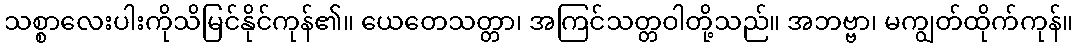
သစ္စာလေးပါးကိုသိမြင်နိုင်ကုန်၏။ ယေတေသတ္တာ၊ အကြင်သတ္တဝါတို့သည်။ အဘဗ္ဗာ၊ မကျွတ်ထိုက်ကုန်။